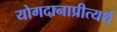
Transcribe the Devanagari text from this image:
योगदानाप्रीत्यर्थ